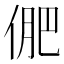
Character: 俷